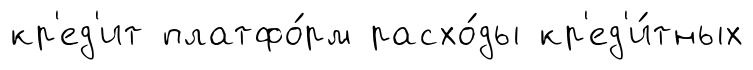
кр'ед'ит платфо́рм расхо́ды кр'ед'и́тных